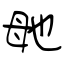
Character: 毑